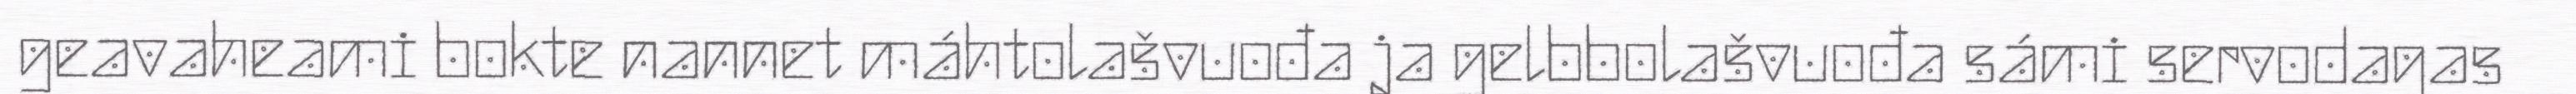
geavaheami bokte nannet máhtolašvuođa ja gelbbolašvuođa sámi servodagas